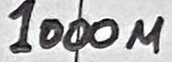
Text: 1000u